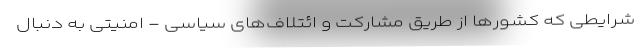
شرایطی که کشورها از طریقِ مشارکت و ائتلاف‌های سیاسی - امنیتی به دنبال